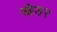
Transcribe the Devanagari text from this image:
स्नेडर